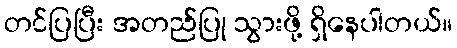
တင်ပြပြီး အတည်ပြု သွားဖို့ ရှိနေပါတယ်။